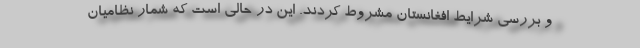
و بررسی شرایط افغانستان مشروط کردند. این در حالی است که شمار نظامیان